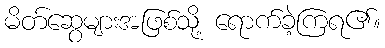
မိတ်ဆွေများအဖြစ်သို့ ရောက်ခဲ့ကြရ၏။